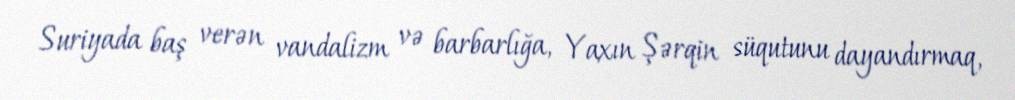
Suriyada baş verən vandalizm və barbarlığa, Yaxın Şərqin süqutunu dayandırmaq,